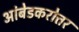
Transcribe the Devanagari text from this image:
आंबेडकरोत्तर